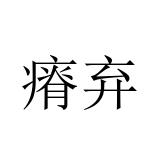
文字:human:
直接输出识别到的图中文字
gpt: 瘠弃